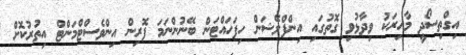
އިގްތިސޯދީ މާހިރަކު ވިދާޅުވި ގޮތުގައި އިންފްލޭޝަން ހިފަހައްޓަން ބޭނުންނަމަ ފޮރިން އިންވެސްޓްމަންޓް އިތުރުކޮށް